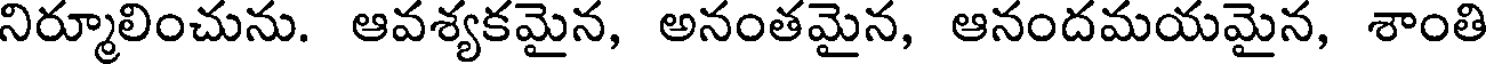
నిర్మూలించును. ఆవశ్యకమైన, అనంతమైన, ఆనందమయమైన, శాంతి